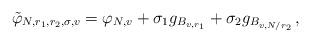
LaTeX: \begin{align*}\tilde{\varphi}_{ N, r_1, r_2, \sigma, v} = \varphi_{N, v}+ \sigma_1 g_{B_{v, r_1}} + \sigma_2 g_{B_{v, N/r_2}} \,,\end{align*}